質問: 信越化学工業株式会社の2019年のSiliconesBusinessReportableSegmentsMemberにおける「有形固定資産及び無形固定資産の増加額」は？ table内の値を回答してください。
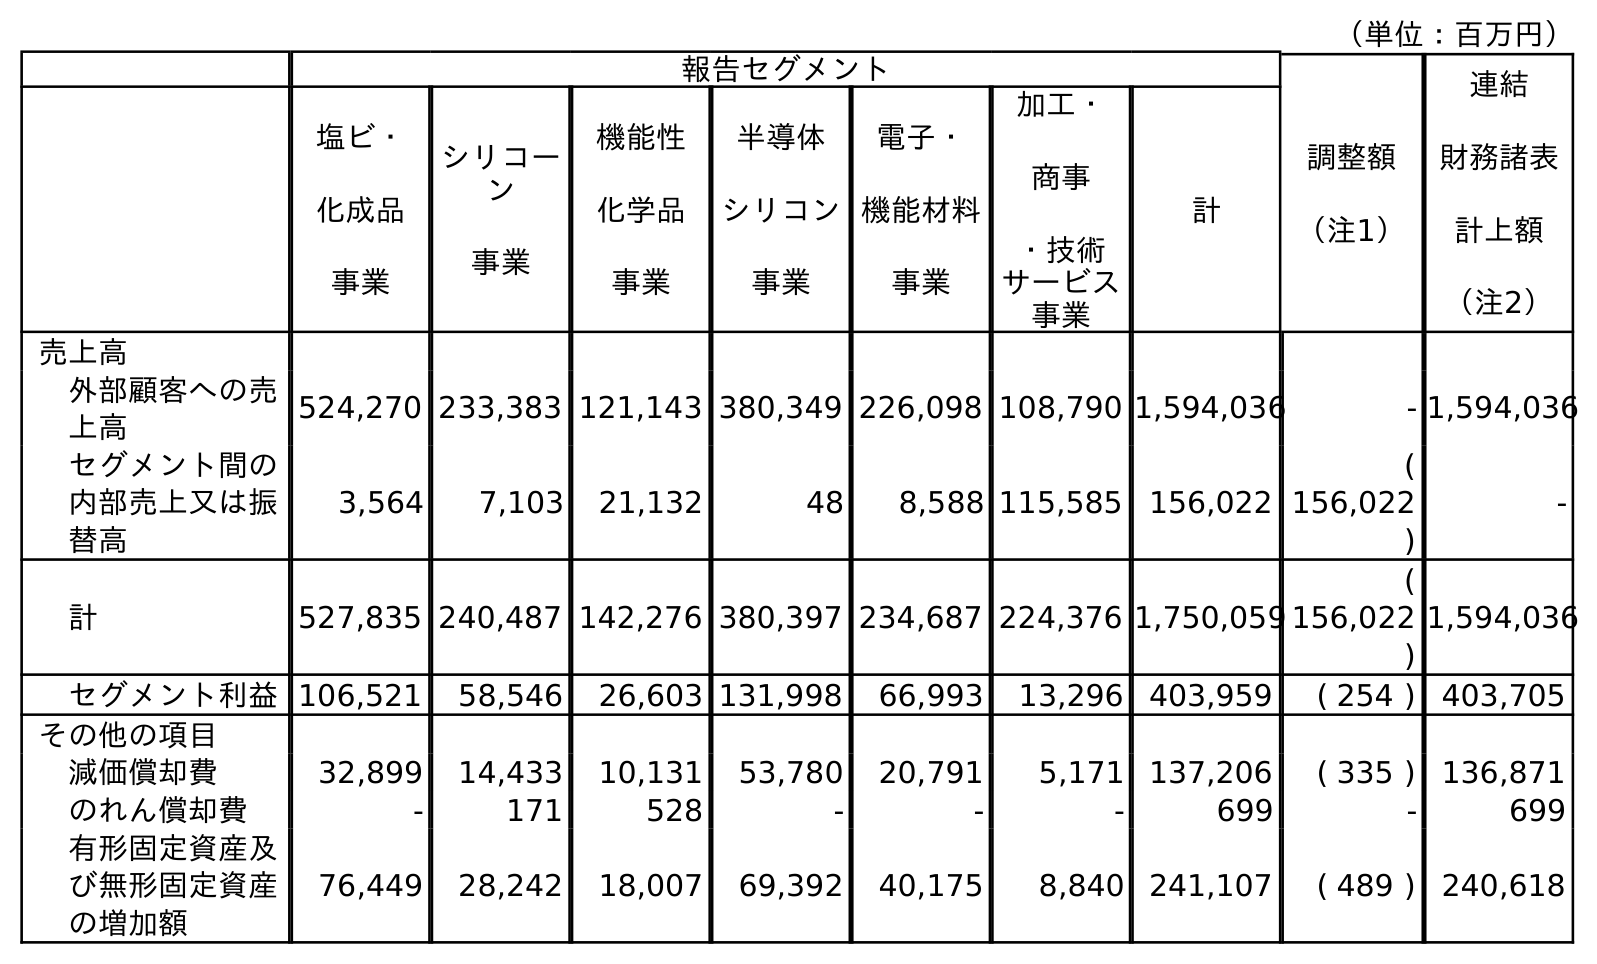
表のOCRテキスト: （単位：百万円） 報告セグメント 調整額 （注1） 連結 財務諸表 計上額 （注2） 塩ビ・ 化成品 事業 シリコー ン 事業 機能性 化学品 事業 半導体 シリコン 事業 電子・ 機能材料 事業 加工・ 商事 ・技術 サービス 事業 計 売上高 外部顧客への売 上高 524,270 233,383 121,143 380,349 226,098 108,790 1,594,036 - 1,594,036 セグメント間の 内部売上又は振 替高 3,564 7,103 21,132 48 8,588 115,585 156,022 ( 156,022 ) - 計 527,835 240,487 142,276 380,397 234,687 224,376 1,750,059 ( 156,022 ) 1,594,036 セグメント利益106,521 58,546 26,603 131,998 66,993 13,296 403,959 ( 254 ) 403,705 その他の項目 減価償却費 32,899 14,433 10,131 53,780 20,791 5,171 137,206 ( 335 ) 136,871 のれん償却費 - 171 528 - - - 699 - 699 有形固定資産及 び無形固定資産 の増加額 76,449 28,242 18,007 69,392 40,175 8,840 241,107 ( 489 ) 240,618
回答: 28,242